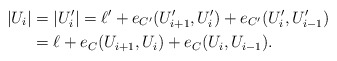
\begin{align*}|U_i|&=|U_i'|=\ell' +e_{C'}(U_{i+1}', U_i')+e_{C'}(U_i', U_{i-1}')\\&=\ell+e_C(U_{i+1}, U_i)+e_C(U_i, U_{i-1}).\end{align*}